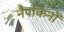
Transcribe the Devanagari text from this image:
नैपकिनों